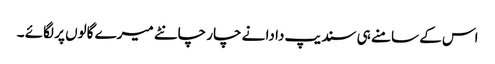
اس کے سامنے ہی سندیپ دا دا نے چار چانٹے میرے گالوں پر لگائے ۔